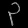
Digit: ၃